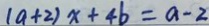
( a + 2 ) x + 4 b = a - 2